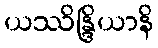
ယဿိန္ဒြိယာနိ